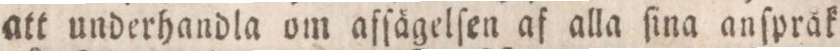
att underhandla om aſſägelſen af alla ſina anſpråk